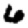
Digit: 6